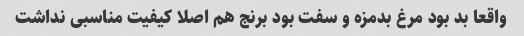
واقعا بد بود مرغ بدمزه و سفت بود برنج هم اصلا کیفیت مناسبی نداشت